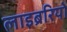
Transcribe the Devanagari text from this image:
लाइब्ररियों